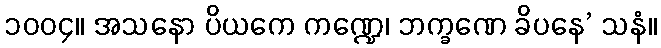
၁၀၀၄။ အသနော ပိယကေ ကဏ္ဍေ၊ ဘက္ခဏေ ခိပနေ’ သနံ။